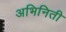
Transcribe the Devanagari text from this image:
अभिनिती